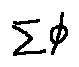
\sum \phi